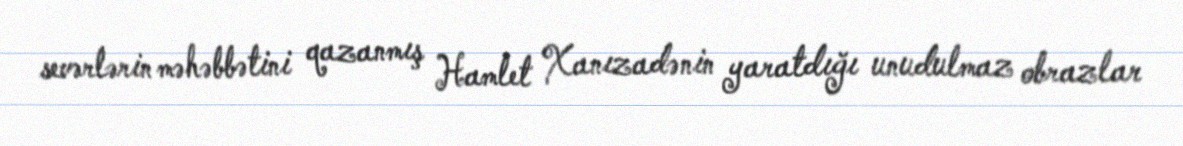
sevərlərin məhəbbətini qazanmış Hamlet Xanızadənin yaratdığı unudulmaz obrazlar